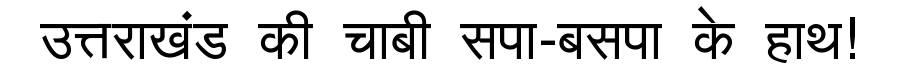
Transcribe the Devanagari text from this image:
उत्तराखंड की चाबी सपा-बसपा के हाथ!